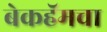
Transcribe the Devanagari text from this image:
बेकहॅमचा